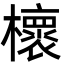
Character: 櫰